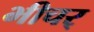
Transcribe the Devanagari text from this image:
भीचर्